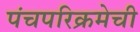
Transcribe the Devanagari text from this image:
पंचपरिक्रमेची